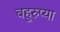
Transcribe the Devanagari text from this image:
बहुरुप्या